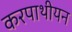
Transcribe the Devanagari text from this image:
करपाथीयन